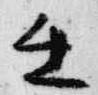
壬